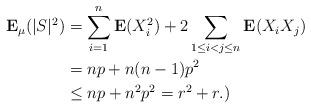
LaTeX: \begin{align*}{\bf E}_\mu(|S|^2) & = \sum_{i=1}^n {\bf E}(X_i^2) + 2\sum_{1 \leq i < j \leq n} {\bf E}(X_iX_j) \\& = np + n(n-1)p^2 \\& \leq np + n^2p^2 = r^2+r.)\end{align*}